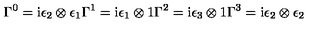
\Gamma ^ { 0 } = \mathrm { i } \epsilon _ { 2 } \otimes \epsilon _ { 1 } \Gamma ^ { 1 } = \mathrm { i } \epsilon _ { 1 } \otimes { \boldmath 1 } \Gamma ^ { 2 } = \mathrm { i } \epsilon _ { 3 } \otimes { \boldmath 1 } \Gamma ^ { 3 } = \mathrm { i } \epsilon _ { 2 } \otimes \epsilon _ { 2 }